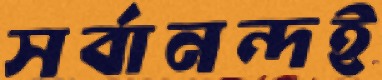
সর্বানন্দই